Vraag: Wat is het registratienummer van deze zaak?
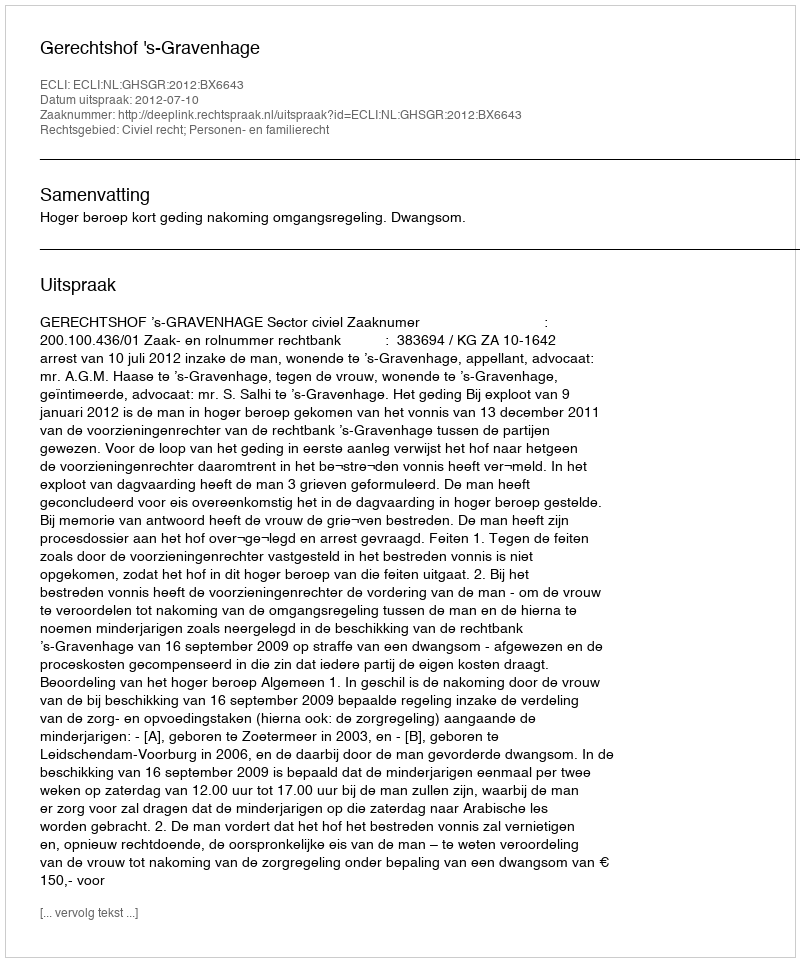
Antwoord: http://deeplink.rechtspraak.nl/uitspraak?id=ECLI:NL:GHSGR:2012:BX6643